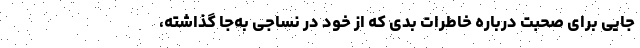
جایی برای صحبت درباره خاطرات بدی که از خود در نساجی به‌جا گذاشته،